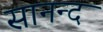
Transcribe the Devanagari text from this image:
सानन्‍द